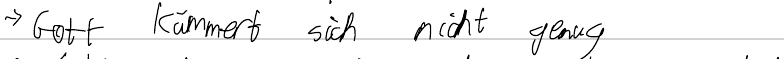
-> Gott kümmert sich nicht genug